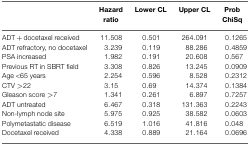
<table><thead><tr><td></td><td><b>Hazard ratio</b></td><td><b>Lower CL</b></td><td><b>Upper CL</b></td><td><b>Prob ChiSq</b></td></tr></thead><tbody><tr><td>ADT + docetaxel received</td><td>11.508</td><td>0.501</td><td>264.091</td><td>0.1265</td></tr><tr><td>ADT refractory, no docetaxel</td><td>3.239</td><td>0.119</td><td>88.286</td><td>0.4859</td></tr><tr><td>PSA increased</td><td>1.982</td><td>0.191</td><td>20.608</td><td>0.567</td></tr><tr><td>Previous RT in SBRT field</td><td>3.308</td><td>0.826</td><td>13.245</td><td>0.0909</td></tr><tr><td>Age &lt;65 years</td><td>2.254</td><td>0.596</td><td>8.528</td><td>0.2312</td></tr><tr><td>CTV &gt;22</td><td>3.15</td><td>0.69</td><td>14.374</td><td>0.1384</td></tr><tr><td>Gleason score &gt;7</td><td>1.341</td><td>0.261</td><td>6.897</td><td>0.7257</td></tr><tr><td>ADT untreated</td><td>6.467</td><td>0.318</td><td>131.363</td><td>0.2243</td></tr><tr><td>Non-lymph node site</td><td>5.975</td><td>0.925</td><td>38.582</td><td>0.0603</td></tr><tr><td>Polymetastatic disease</td><td>6.519</td><td>1.016</td><td>41.816</td><td>0.048</td></tr><tr><td>Docetaxel received</td><td>4.338</td><td>0.889</td><td>21.164</td><td>0.0696</td></tr></tbody></table>